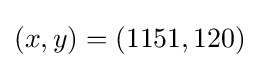
(x,y)=(1151,120)